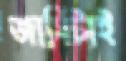
জার্সিটাই